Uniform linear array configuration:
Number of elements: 32
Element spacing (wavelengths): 0.5
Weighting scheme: exponential
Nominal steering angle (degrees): -30
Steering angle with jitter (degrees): -29.645
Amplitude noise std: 0.05
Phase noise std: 0.05

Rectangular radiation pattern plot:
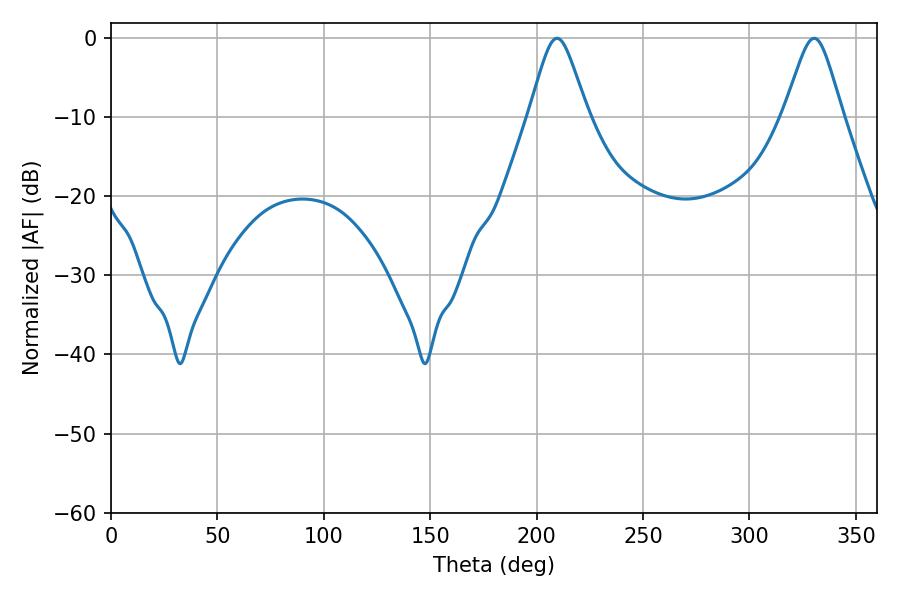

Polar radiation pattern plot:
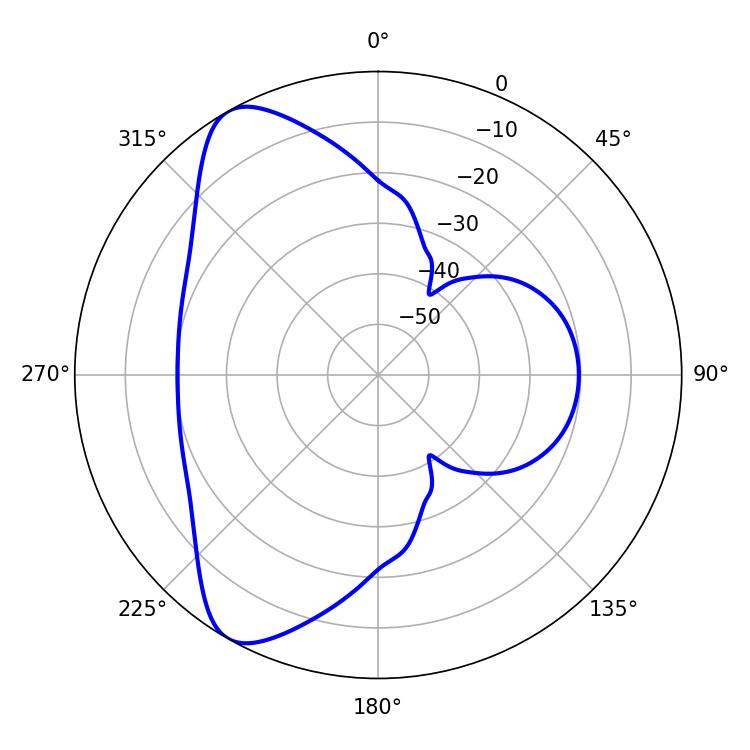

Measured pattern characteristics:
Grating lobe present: FALSE
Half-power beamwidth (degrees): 13.32
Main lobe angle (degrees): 209.52